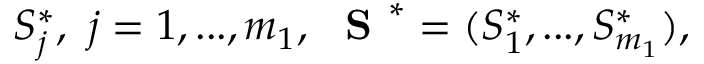
S _ { j } ^ { * } , \ j = 1 , . . . , m _ { 1 } , \ \textbf { S } ^ { * } = ( S _ { 1 } ^ { * } , . . . , S _ { m _ { 1 } } ^ { * } ) ,